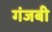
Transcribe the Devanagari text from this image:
गंजबी